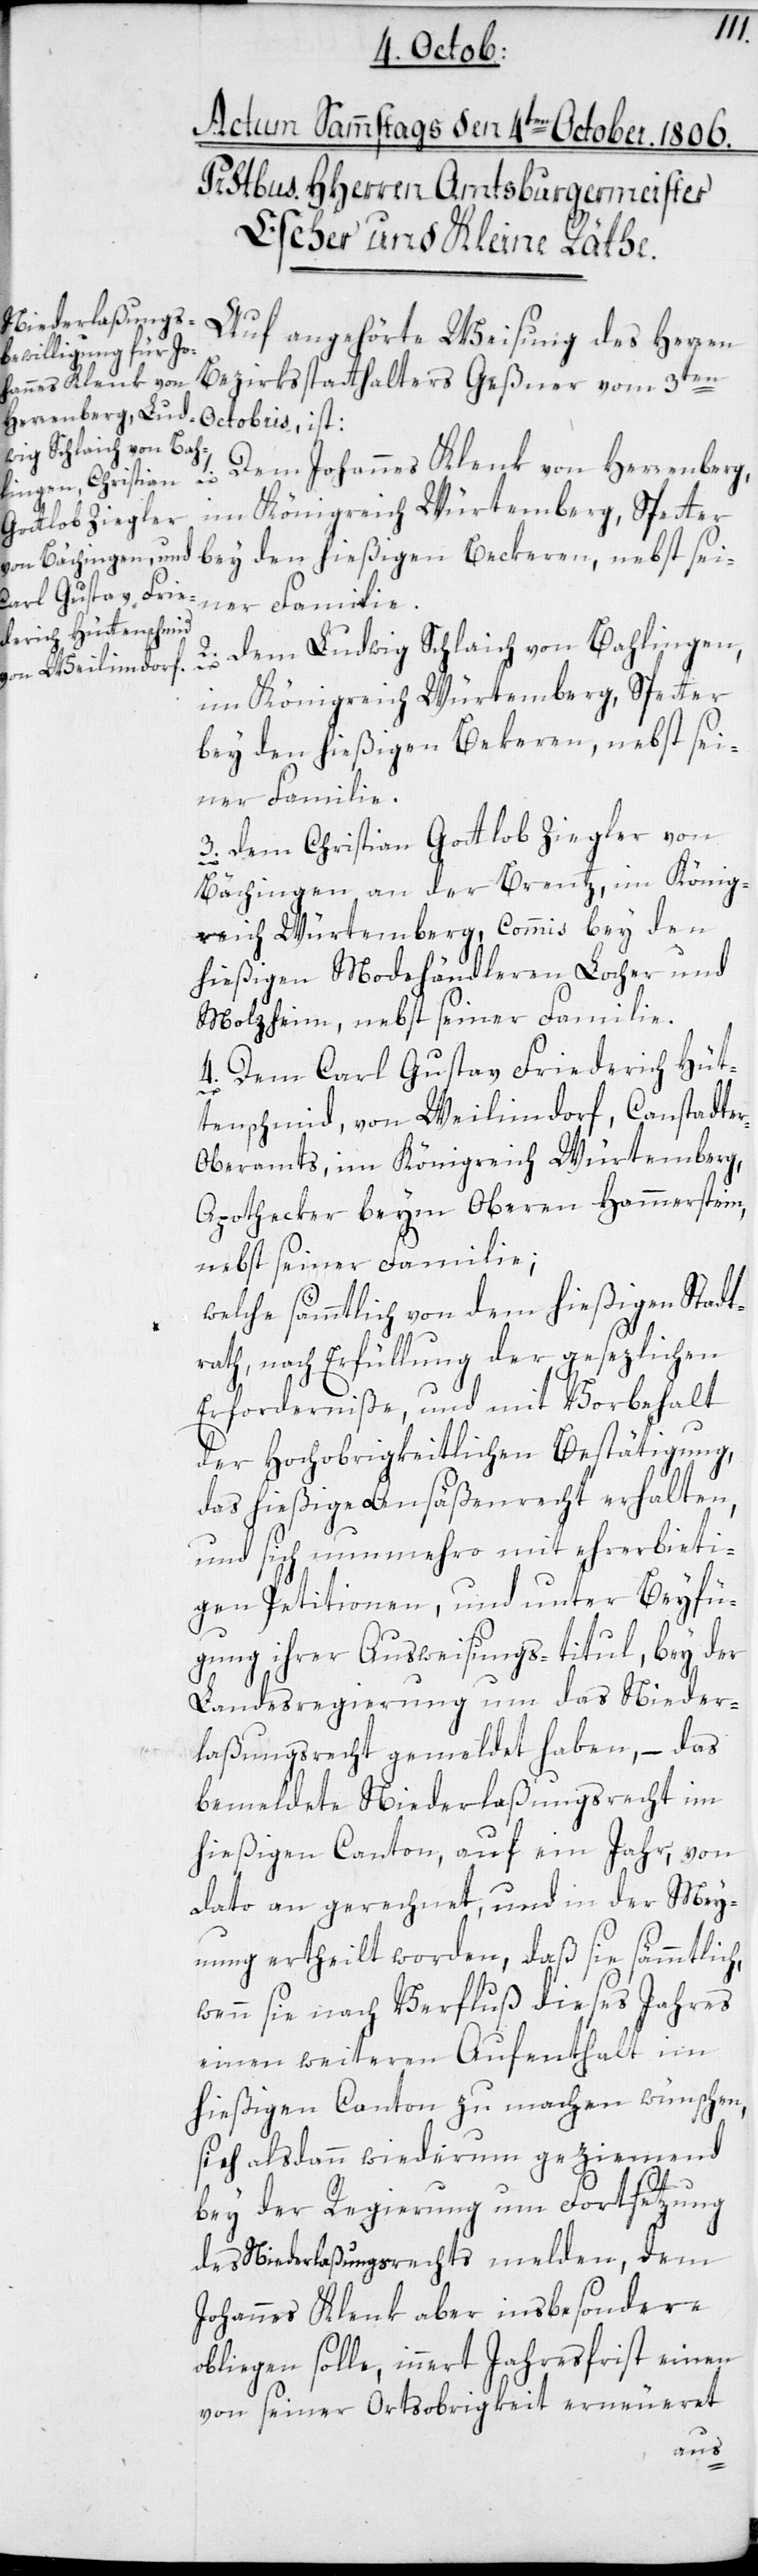
Dem Johannes Klenk von Herrenberg,
1.
im Königreich Würtemberg, Spetter
bey den hießigen Beckeren, nebst sei¬
2. Dem Ludwig Schlaich von Bahlingen,
bey den hießigen Bekeren, nebst sei¬
ner Familie.
3. Dem Christian Gottlob Ziegler von
Bächingen, an der Brentz, im König¬
reich Würtemberg, Commis bey den
hießigen Modehändleren Locher und
Molzheim, nebst seiner Familie.
4. Dem Carl Gustav Friederich Hüt¬
tenschmid, von Weilimdorf, Canstadte¬
r-Oberamts, im Königreich Würtemberg,
Apotheker beym Oberen Hammerstein,
nebst seiner Familie;
welche sämmtlich von dem hießigen Stadt¬
rath, nach Erfüllung der gesezlichen
Erforderniße, und mit Vorbehalt
der Hochobrigkeitlichen Bestätigung,
das hießige Ansäßenrecht erhalten,
und sich nunmehro mit ehrerbieti¬
gen Petitionen, und unter Beyfü¬
gung ihrer Ausweisungs-titul, bey der
Landesregierung um das Nieder¬
laßungsrecht gemeldet haben, – das
bemeldte Niederlaßungsrecht im
hießigen Canton, auf ein Jahr von
dato an gerechnet, und in der Mey¬
nung ertheilt worden, daß sie sämmtlich,
wenn sie nach Verfluß dieses Jahres
einen weiteren Aufenthalt im
hießigen Canton zu machen wünschen,
sich alsdann wiederum geziemend
bey der Regierung um Fortsetzung
des Niederlaßungsrechts melden, dem
Johannes Klenk aber insbesondere
obliegen solle, innert Jahresfrist einen
von seiner Ortsobrigkeit erneueret